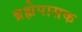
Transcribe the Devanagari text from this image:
ब्रह्मेपासक